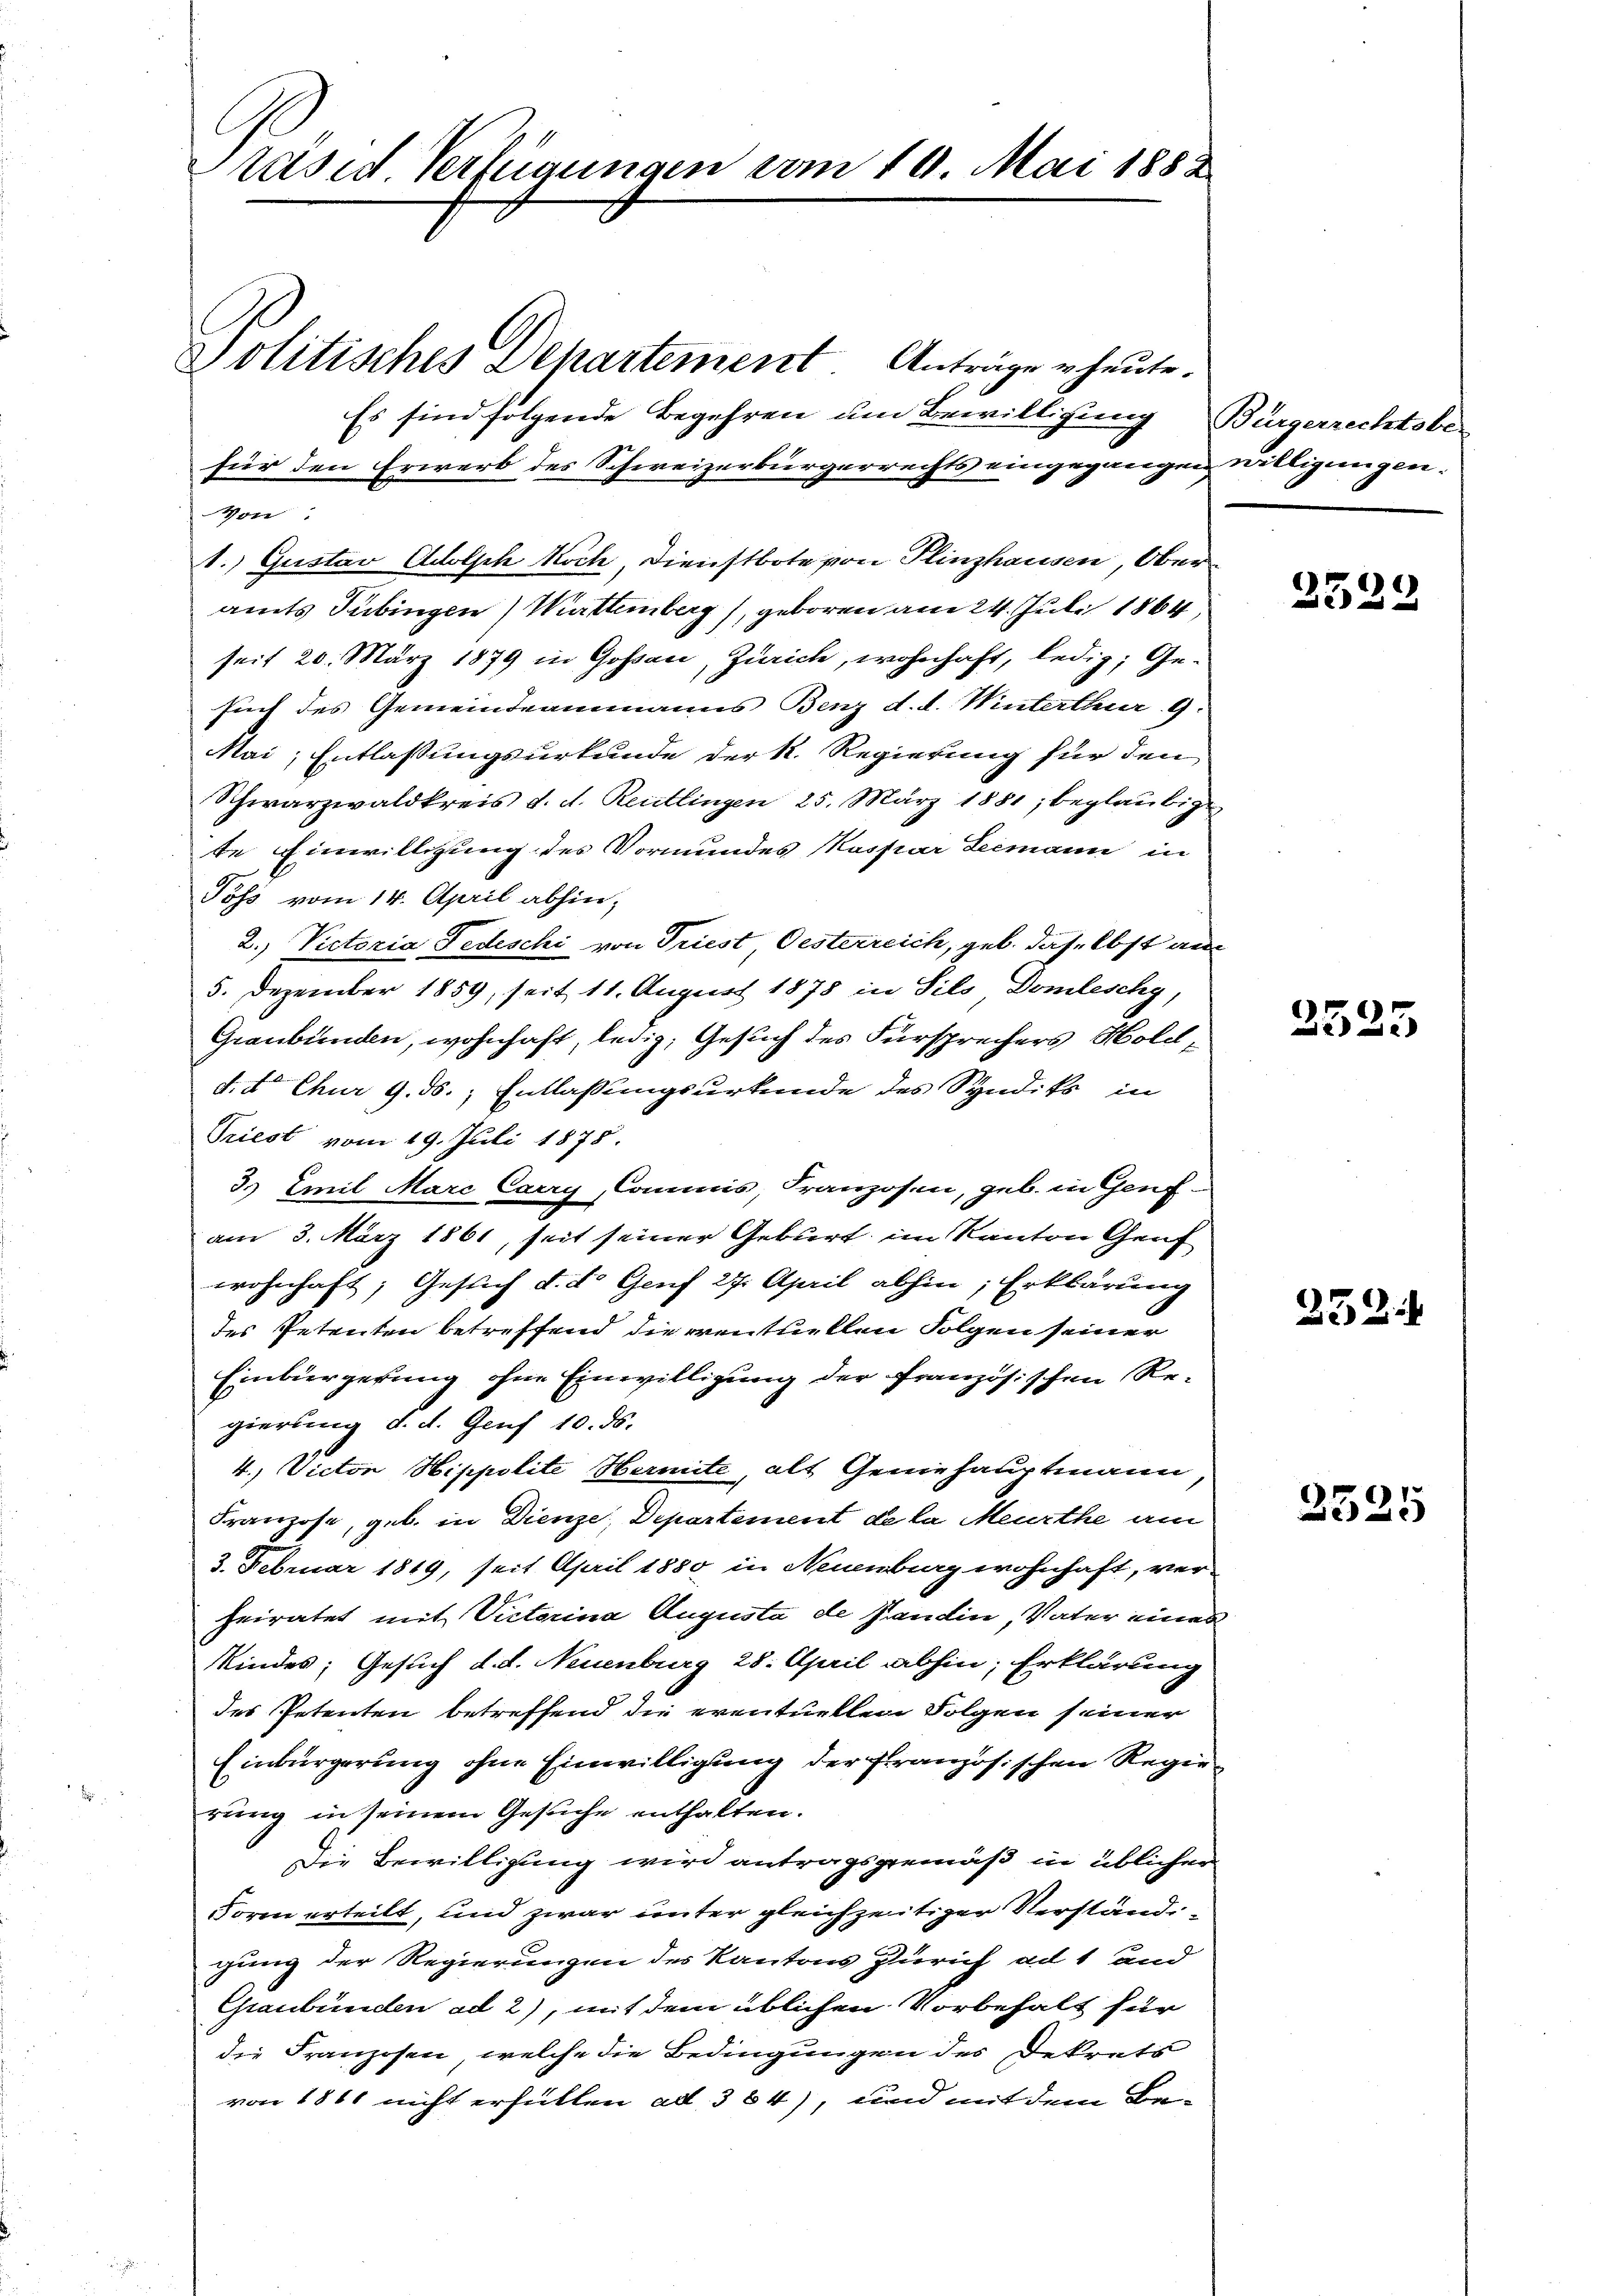
Präsid Verfügungen vom 19. Mai 1882
Politisches Departement. Anträge heute.
Es sind folgende Begehren um Bewilligung Bürgerrechtsbe-
für den Erwerb des Schweizerbürgerrechts eingegangen willigungen:

1.) Gustav Adolph Koch, Dienstbote von Plinzhausen, Oberamts Tübingen (Wattemberg, geboren am 24. Juli 1864,
seit 20. März 1879 in Gossau, Zürich, wohnhaft, ledig; Ge-
such des Gemeindeammanns Benz d. d. Winterthur 9
Mai, Entlassungsurkunde der k. Regierung für den
Schwarzwaldkreis d. d. Reutlingen 25. März 1881, beglaubige
te Einwilligung des Vormundes Kaspar Leemann in
Pöss vom 14. April abhin,
2. Victoria Fedeschi von Triest, Oesterreich, geb. daselbst aus
5. Dezember 1859, seit 11. August 1878 in Sils, Domleschy,
Graubünden, wohnhaft, ledig, Gesuch des Fürsprechers Holdd.t Chur 9. ds. Entlaßungsurkunde des Syndiks in
Triest vom 19. Juli 1878.
3. Emil Marc Carry, Commis, Franzosen, geb. in Genfam 3. März 1861, seit seiner Gebiert im Kanton Graf
wohnhaft; Gesuch d. d. Genf 27. April abhin, Erklärung
des Petenten betreffend die ventuellen Folgen seiner
Einbürgerung ohne Einwilligung der französischen Regierung d. d. Genf 10. ds.
4. Victor Hippolite Hermite, als Geniehauptmann
Franzose, geb. in Dienze, Departement de la Meurthe am
3. Februar 1849, seit April 1880 in Neuenburg wohnhaft, verheiratet mit Victorina Augusta de Jandin, Vater eines
Kindes; Gesuch d. d. Neuenburg 28. April abhin; Erklärung
des Petenten betreffend die eventuellen Folgen seiner
Einbürgerung ohne Einwilligung der Französischen Regierung in seinem Gesuche enthalten.
Die Bewilligung wird antragsgemäß in üblicher
Form erteilt, und zwar unter gleichzeitiger Verständigung der Regierungen des Kantons Zürich ad 1 and
Graubünden ad 2), mit dem üblichen Vorbehalt für
die Franzosen, welche die Bedingungen des Dekrets
von 1861 nicht erfüllen ad 364), und mit dem Be-

Von:

2529

2535

252.

2525